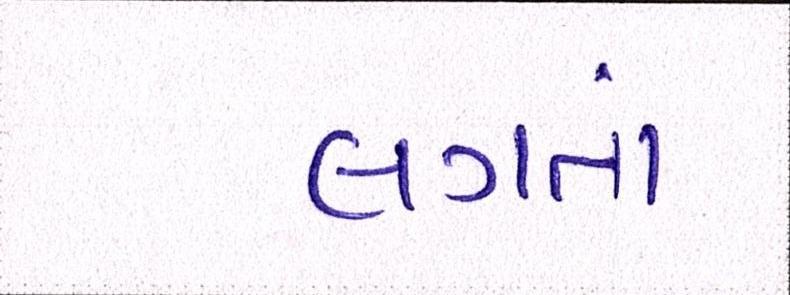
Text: લગતાં